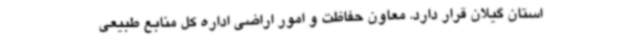
استان گیلان قرار دارد. معاون حفاظت و امور اراضی اداره کل منابع طبیعی